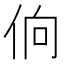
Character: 𰁼